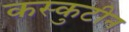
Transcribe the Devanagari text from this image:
कस्कुटीन